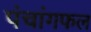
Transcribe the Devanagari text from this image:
पंचांगफल